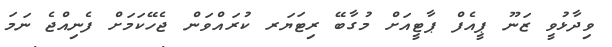
ވިދާޅުވީ ޒަނޫ ޕީއެފް ޕާޓީއަށް މުގާބޭ ރިޓަޔަރ ކުރައްވަން ޖެހޭކަމަށް ފެނިއްޖެ ނަމަ